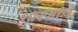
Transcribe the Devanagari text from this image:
शारजाचे